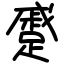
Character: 蹙